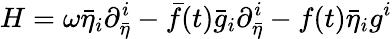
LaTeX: H=\omega{\bar{\eta}}_{i}{\partial}_{\bar{\eta}}^{i}-\bar{f}(t){\bar{g}}_{i}{\partial}_{\bar{\eta}}^{i}-f(t){\bar{\eta}}_{i}g^{i}